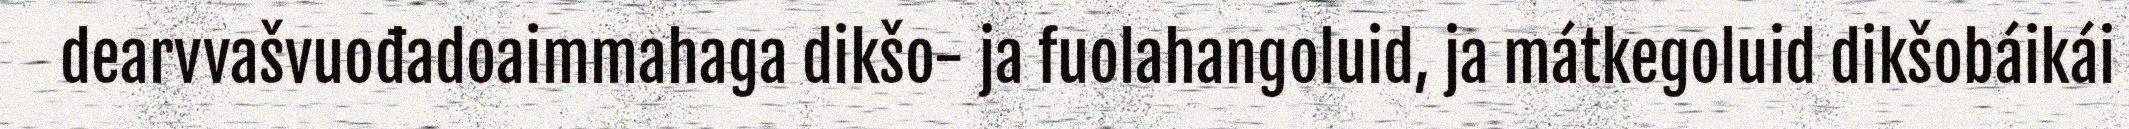
dearvvašvuođadoaimmahaga dikšo- ja fuolahangoluid, ja mátkegoluid dikšobáikái